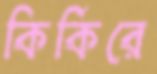
কির্‌কিরে